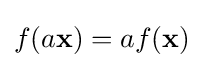
f(a\mathbf {x} )=af(\mathbf {x} )